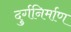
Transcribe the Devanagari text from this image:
दुर्गनिर्माण